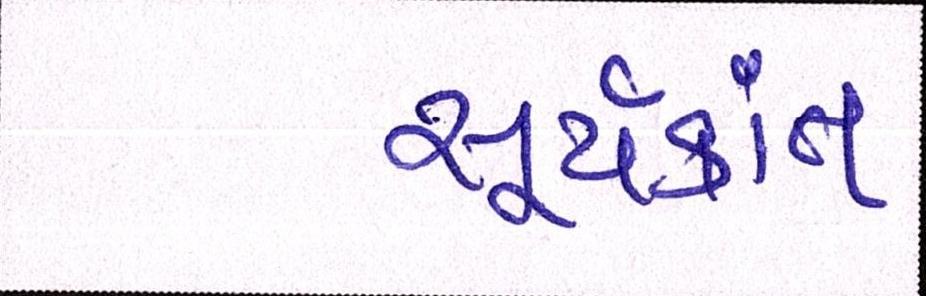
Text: સૂર્યકાંત